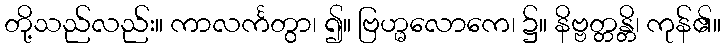
တို့သည်လည်း။ ကာလင်္ကတွာ၊ ၍။ ဗြဟ္မလောကေ၊ ၌။ နိဗ္ဗတ္တန္တိ၊ ကုန်၏။